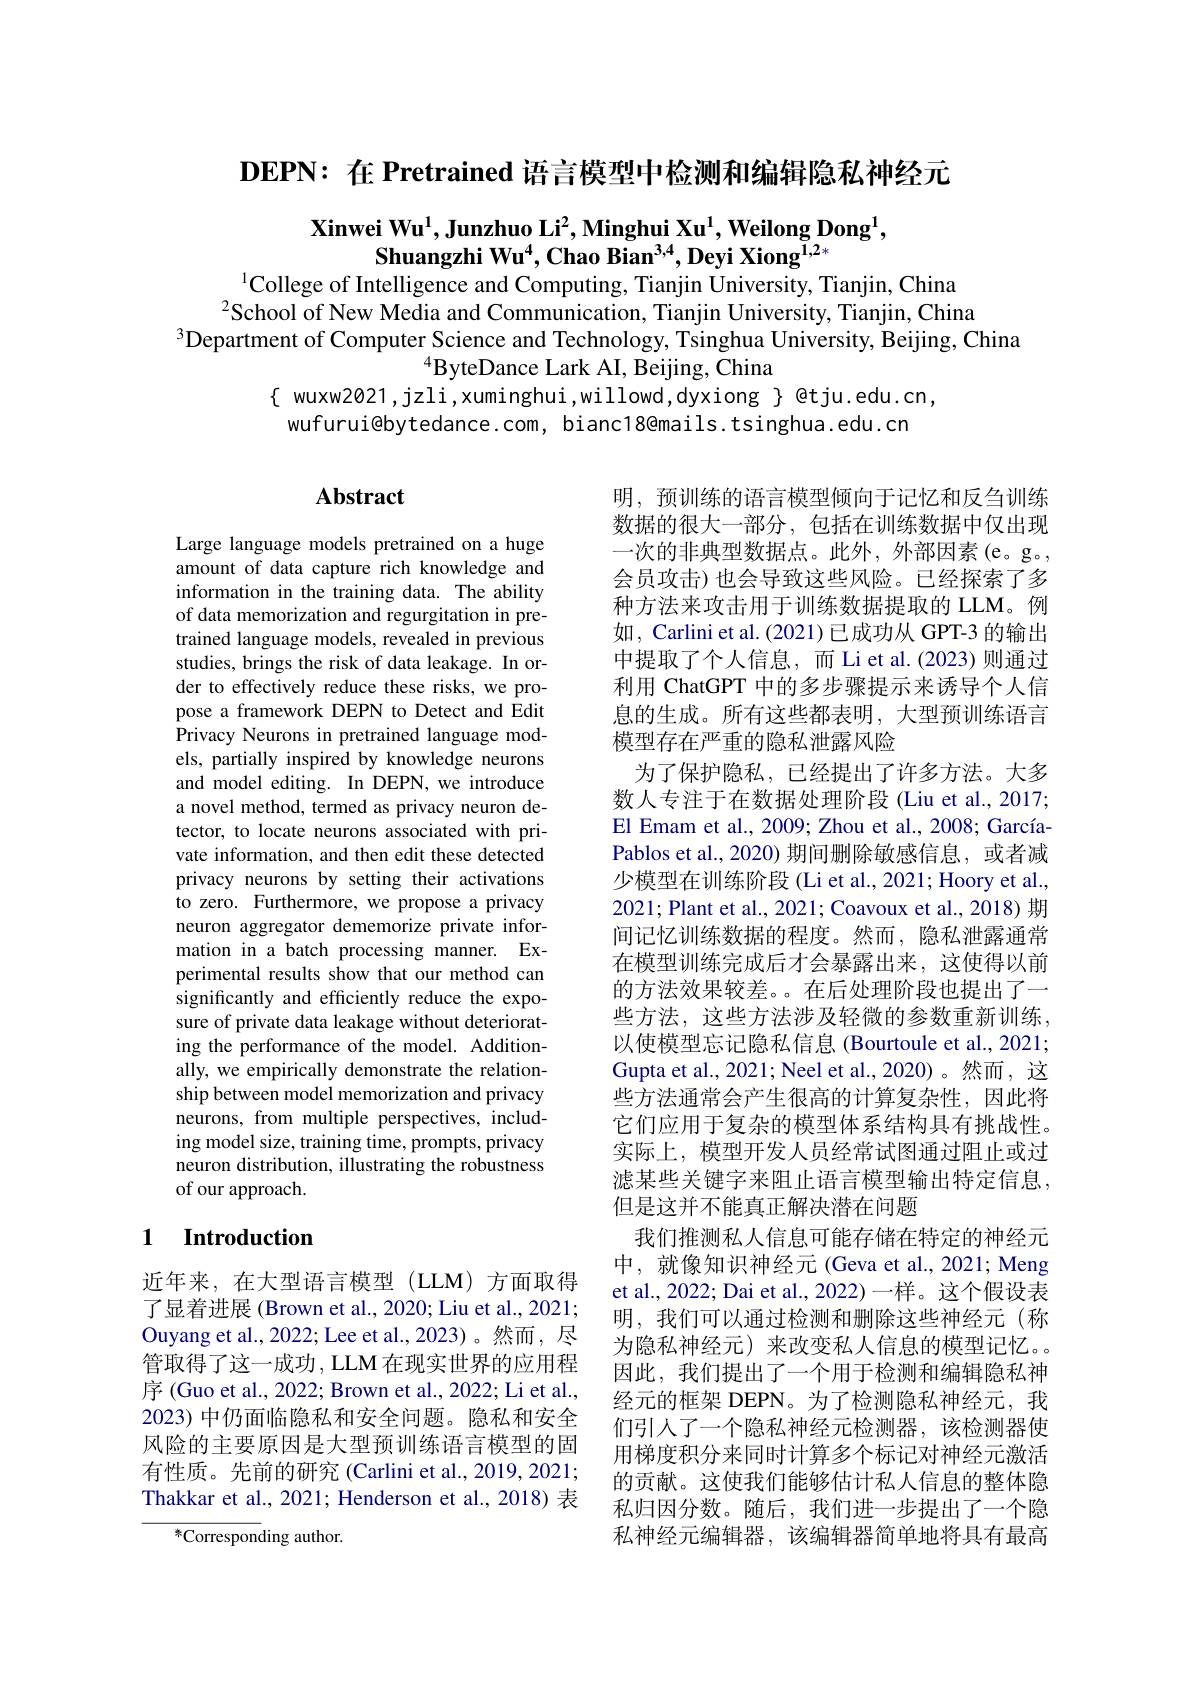
DEPN: 在 Pretrained 语言模型中检测和编辑隐私神经元

$\textbf{Xinwei Wu}^1,\textbf{Junzhuo Li}^2,\textbf{Minghui Xu}^1,\textbf{Weilong Dong}^1$,
Shuangzhi Wu$^4$,Chao Bian$^3,4$,Deyi Xiong$^{\text{T},2*}$
$^{1}$College of Intelligence and Computing, Tianjin University, Tianjin, China

$^{2}$School of New Media and Communication, Tianjin University, Tianjin, China
$^{3}$Department of Computer Science and Technology, Tsinghua University, Beijing, China
$^{4}$ByteDance Lark AI, Beijing, China
$\{$ wuxw2021,jzli,xuminghui,willowd,dyxiong $\}$ @tju.edu.cn,
wufurui@bytedance.com, bianc18@mails.tsinghua.edu.cn

# Abstract

Large language models pretrained on a huge amount of data capture rich knowledge and information in the training data. The ability of data memorization and regurgitation in pretrained language models, revealed in previous studies, brings the risk of data leakage. In order to effectively reduce these risks, we propose a framework DEPN to Detect and Edit Privacy Neurons in pretrained language models, partially inspired by knowledge neurons and model editing. In DEPN, we introduce a novel method, termed as privacy neuron detector, to locate neurons associated with private information, and then edit these detected privacy neurons by setting their activations to zero. Furthermore, we propose a privacy neuron aggregator dememorize private information in a batch processing manner. Experimental results show that our method can significantly and efficiently reduce the exposure of private data leakage without deteriorating the performance of the model. Additionally, we empirically demonstrate the relationship between model memorization and privacy neurons, from multiple perspectives, including model size, training time, prompts, privacy neuron distribution, illustrating the robustness of our approach.

明，预训练的语言模型倾向于记忆和反刍训练数据的很大一部分，包括在训练数据中仅出现一次的非典型数据点。此外，外部因素(e。g。, 会员攻击)也会导致这些风险。已经探索了多种方法来攻击用于训练数据提取的 LLM。例如，Carlini et al. (2021) 已成功从 GPT-3 的输出中提取了个人信息，而 Li et al.(2023)则通过利用 ChatGPT 中的多步骤提示来诱导个人信息的生成。所有这些都表明，大型预训练语言模型存在严重的隐私泄露风险
为了保护隐私，已经提出了许多方法。大多数人专注于在数据处理阶段 (Liu et al., 2017; El Emam et al., 2009; Zhou et al., 2008; GarcíaPablos et al., 2020) 期间删除敏感信息，或者减少模型在训练阶段 (Li et al., 2021; Hoory et al., 2021; Plant et al., 2021; Coavoux et al., 2018) 期间记忆训练数据的程度。然而，隐私泄露通常在模型训练完成后才会暴露出来，这使得以前的方法效果较差。在后处理阶段也提出了一些方法，这些方法涉及轻微的参数重新训练， 以使模型忘记隐私信息 (Bourtoule et al., 2021; Gupta et al., 2021; Neel et al., 2020) 。然而，这些方法通常会产生很高的计算复杂性，因此将它们应用于复杂的模型体系结构具有挑战性。实际上，模型开发人员经常试图通过阻止或过滤某些关键字来阻止语言模型输出特定信息， 但是这并不能真正解决潜在问题
我们推测私人信息可能存储在特定的神经元中，就像知识神经元(Geva et al., 2021; Meng et al., 2022; Dai et al., 2022)一样。这个假设表明，我们可以通过检测和删除这些神经元(称为隐私神经元)来改变私人信息的模型记忆。因此，我们提出了一个用于检测和编辑隐私神经元的框架 DEPN。为了检测隐私神经元，我们引人了一个隐私神经元检测器，该检测器使用梯度积分来同时计算多个标记对神经元激活的贡献。这使我们能够估计私人信息的整体隐私归因分数。随后，我们进一步提出了一个隐私神经元编辑器，该编辑器简单地将具有最高

## 1 Introduction

近年来，在大型语言模型(LLM)方面取得了显着进展 (Brown et al., 2020; Liu et al., 2021; Ouyang et al., 2022; Lee et al., 2023)。然而，尽管取得了这一成功，LLM在现实世界的应用程序 (Guo et al., 2022; Brown et al., 2022; Li et al., 2023) 中仍面临隐私和安全问题。隐私和安全风险的主要原因是大型预训练语言模型的固有性质。先前的研究 (Carlini et al.,2019,2021; Thakkar et al., 2021; Henderson et al., 2018) 表

${}^{*}{\mathrm{Corresponding~author.}}$